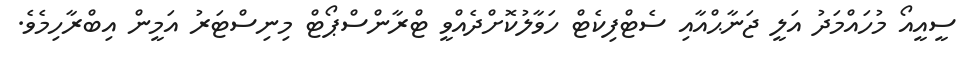
ސީއީއޯ މުހައްމަދު އަލީ ޖަނާޙްއާއި ސެޓްފިކެޓް ހަވާލުކޮށްދެއްވީ ޓްރާންސްޕޯޓް މިނިސްޓަރު އަމީން އިބްރާހިމެވެ.